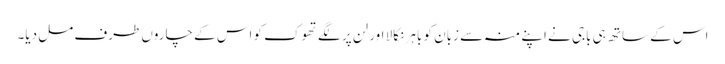
اس کے ساتھ ہی باجی نے اپنے منہ سے زبان کو باہر نکالا اور لن پر لگے تھوک کو اس کے چاروں طرف مل دیا۔